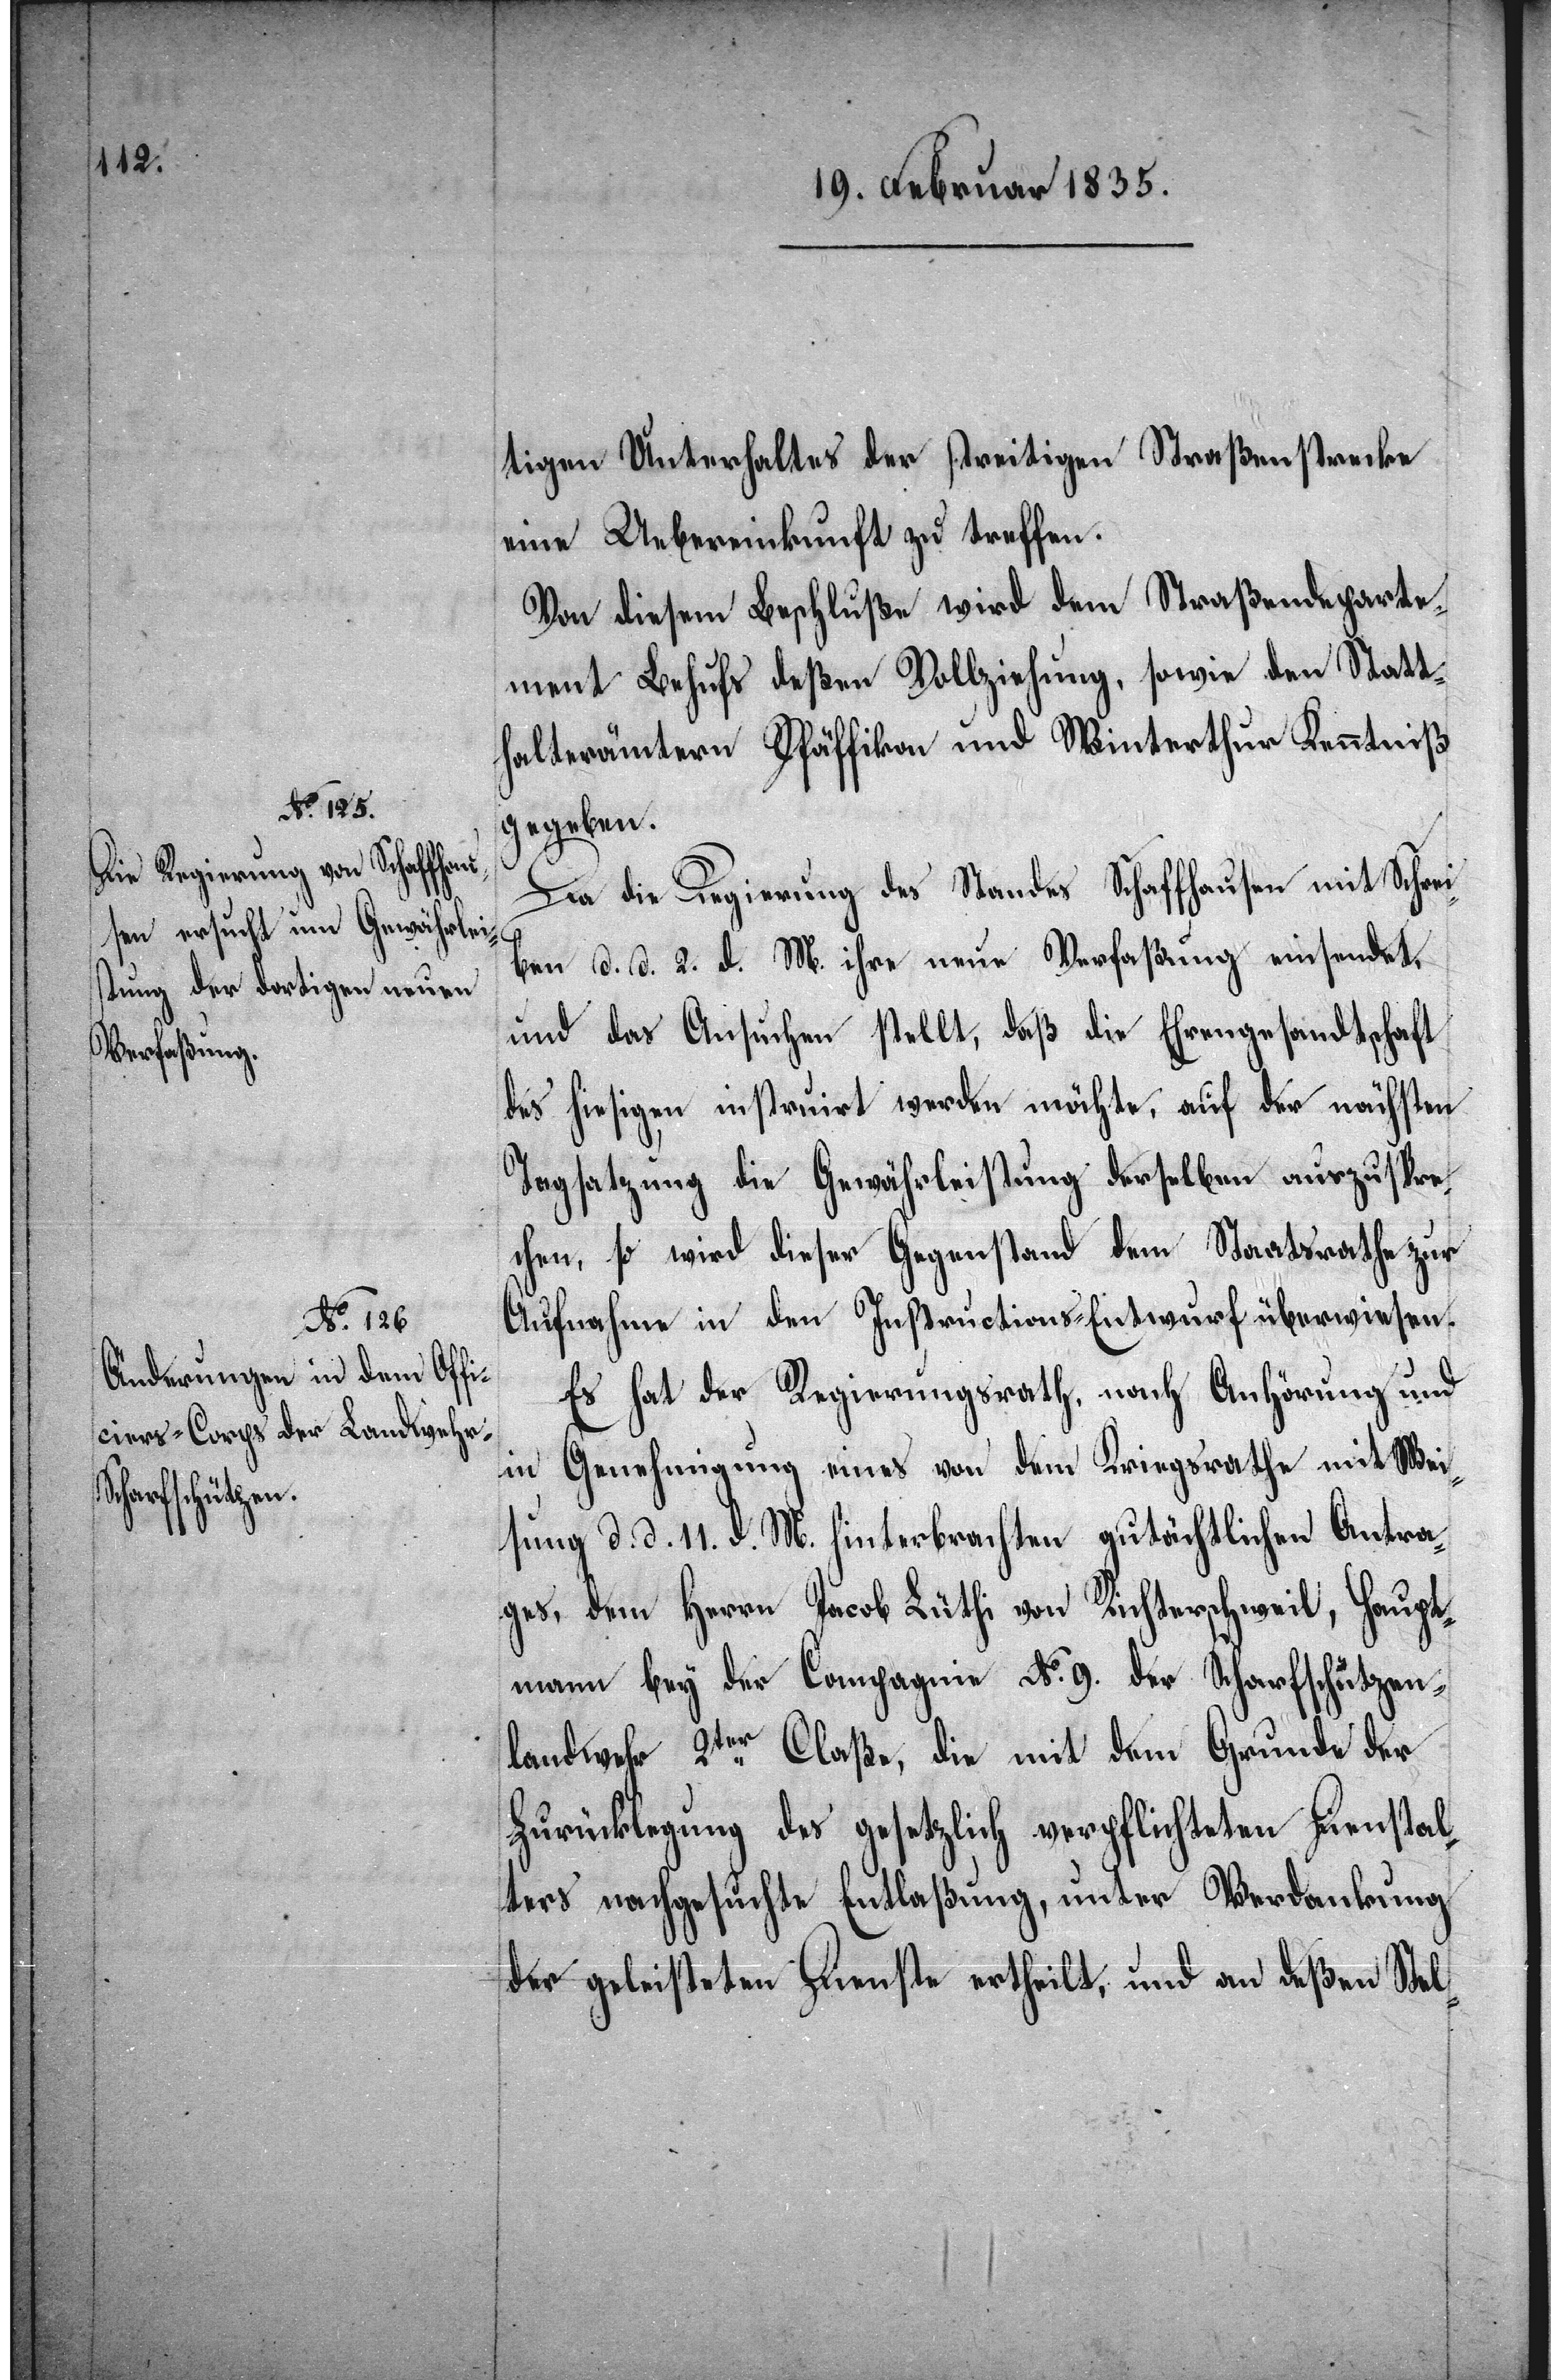
tigen Unterhaltes der streitigen Straßenstrecke
eine Uebereinkunft zu treffen.
Von diesem Beschluße wird dem Straßendeparte¬
ment Behufs deßen Vollziehung, sowie den Statt¬
halterämtern Pfäffikon und Winterthur Kenntniß
gegeben.
Da die Regierung des Standes Schaffhausen mit Schrei¬
ben d. d. 2. d. M. ihre neue Verfaßung einsendet,
und das Ansuchen stellt, daß die Ehrengesandtschaft
des hiesigen instruirt werden möchte, auf der nächsten
Tagsatzung die Gewährleistung derselben auszuspre¬
chen, so wird dieser Gegenstand dem Staatsrathe zur
Aufnahme in den Instructions-Entwurf überwiesen.
Es hat der Regierungsrath, nach Anhörung und
in Genehmigung eines von dem Kriegsrathe mit Wei¬
sung d. d. 11. d. M. hinterbrachten gutächtlichen Antra¬
ges, dem Herrn Jacob Lüthi von Richterschweil, Haupt¬
mann bey der Compagnie No. 9. der Scharfschützen¬
landwehr 2ter Claße, die mit dem Grunde der
Zurücklegung des gesetzlich verpflichteten Dienstal¬
ters nachgesuchte Entlaßung, unter Verdankung
der geleisteten Dienste ertheilt, und an deßen Stel-